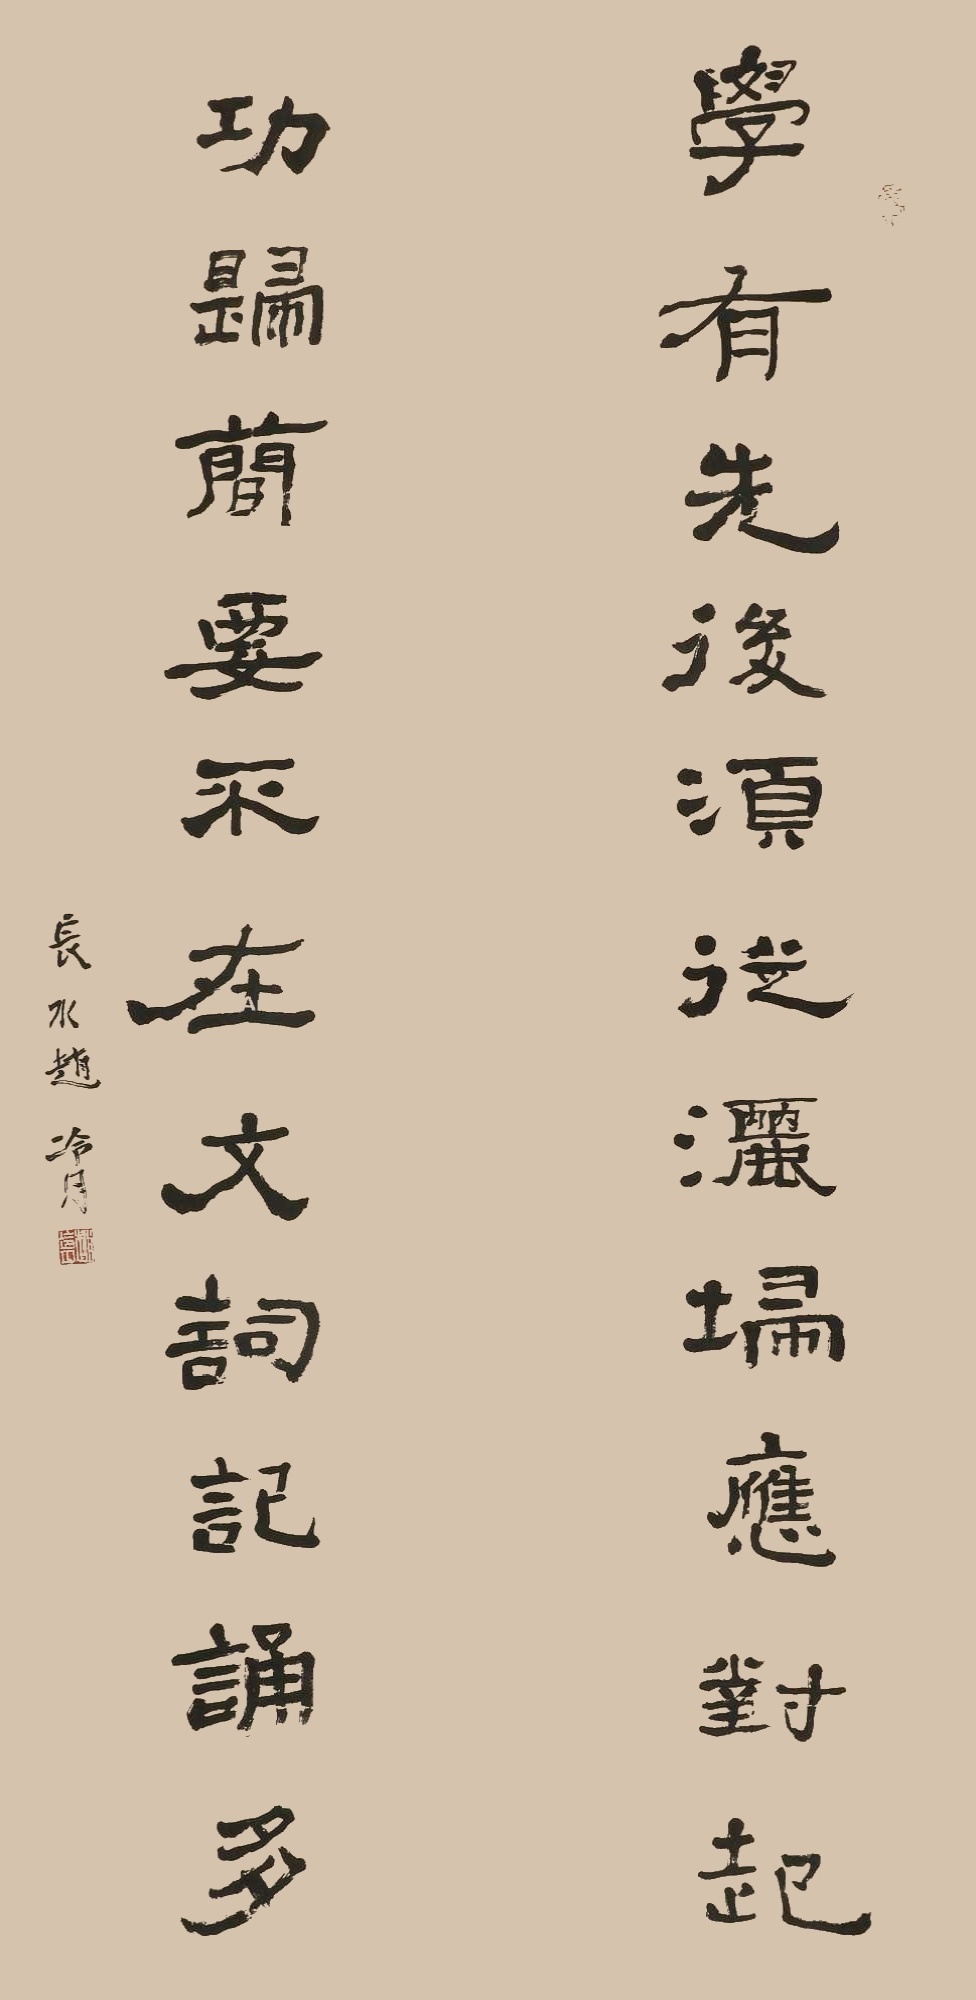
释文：学有先后须从洒扫应对起，功归简要不在文词记诵多。长水赵冷月。